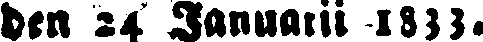
den 24 Januarii 1833.